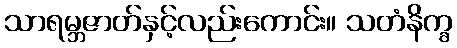
သာရမ္ဘဇာတ်နှင့်လည်းကောင်း။ သတံနိက္ခ